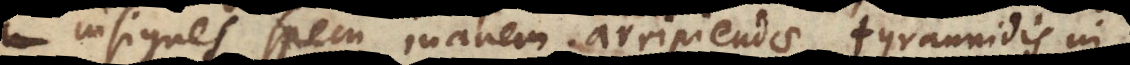
insignes spem inanem arripiendae tyrannidis in